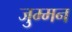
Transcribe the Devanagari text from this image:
जुम्मन